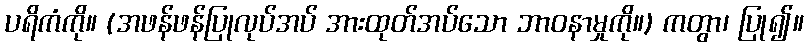
ပရိကံကို။ (အဖန်ဖန်ပြုလုပ်အပ် အားထုတ်အပ်သော ဘာဝနာမှုကို။) ကတွာ၊ ပြု၍။